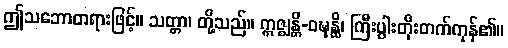
ဤသဘောတရားဖြင့်။ သတ္တာ၊ တို့သည်။ ဣဇ္ဈန္တိ-ဝဍ္ဎုန္ထိ၊ ကြီးပွါးတိုးတက်ကုန်၏။